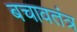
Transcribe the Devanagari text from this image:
बचावतंत्र